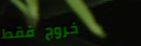
خروج فقط